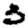
Digit: 3